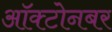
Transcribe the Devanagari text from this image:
ऑक्टोनबर